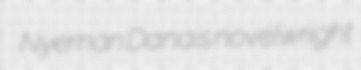
Nyeman Danais novelwright